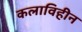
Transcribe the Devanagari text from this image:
कलाविहीन